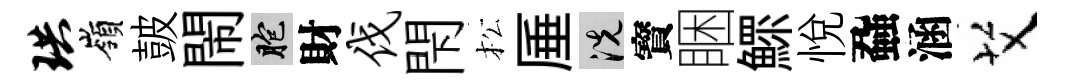
珙嶺皷閙胞財伐閇松厜洗寳睏鰥悦蝨涵艾